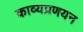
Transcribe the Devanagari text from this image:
काव्यप्रणयन